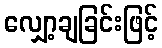
လျှော့ချခြင်းဖြင့်